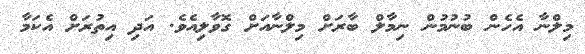
މިލްނާ އެހެން ބުނުމުން ނިމާލް ބާރަށް މިލްނާއަށް ގޮވާލިއެވެ. އަދި އިތުރަށް އެކަމާ